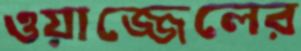
ওয়াজ্জেলের